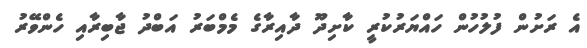
އެ ރަށުން ފުލުހުން ހައްޔަރުކުރީ ކާށިދޫ ދާއިރާގެ މެމްބަރު އަބްދު ޖާބިރާއި ހެންވޭރު